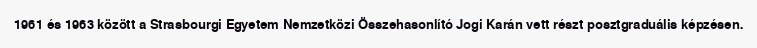
1961 és 1963 között a Strasbourgi Egyetem Nemzetközi Összehasonlító Jogi Karán vett részt posztgraduális képzésen.